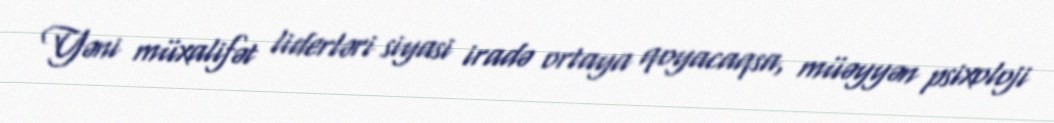
Yəni müxalifət liderləri siyasi iradə ortaya qoyacaqsa, müəyyən psixoloji